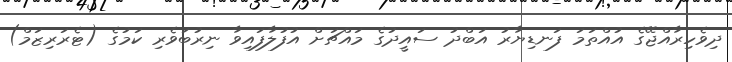
ދިވެހިރާއްޖޭގެ އުއްތަމަ ފަނޑިޔާރު އަބްދު ސައީދުގެ މައްޗަށް އުފުލާފައިވާ ނިރުބަވެރި ކަމުގެ (ޓެރަރިޒަމް)